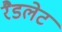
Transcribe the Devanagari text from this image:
रैडलेट